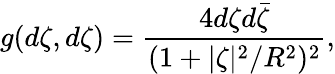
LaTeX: g(d\zeta,d\zeta)=\frac{4d\zeta d\bar{\zeta}}{(1+|\zeta|^{2}/R^{2})^{2}},